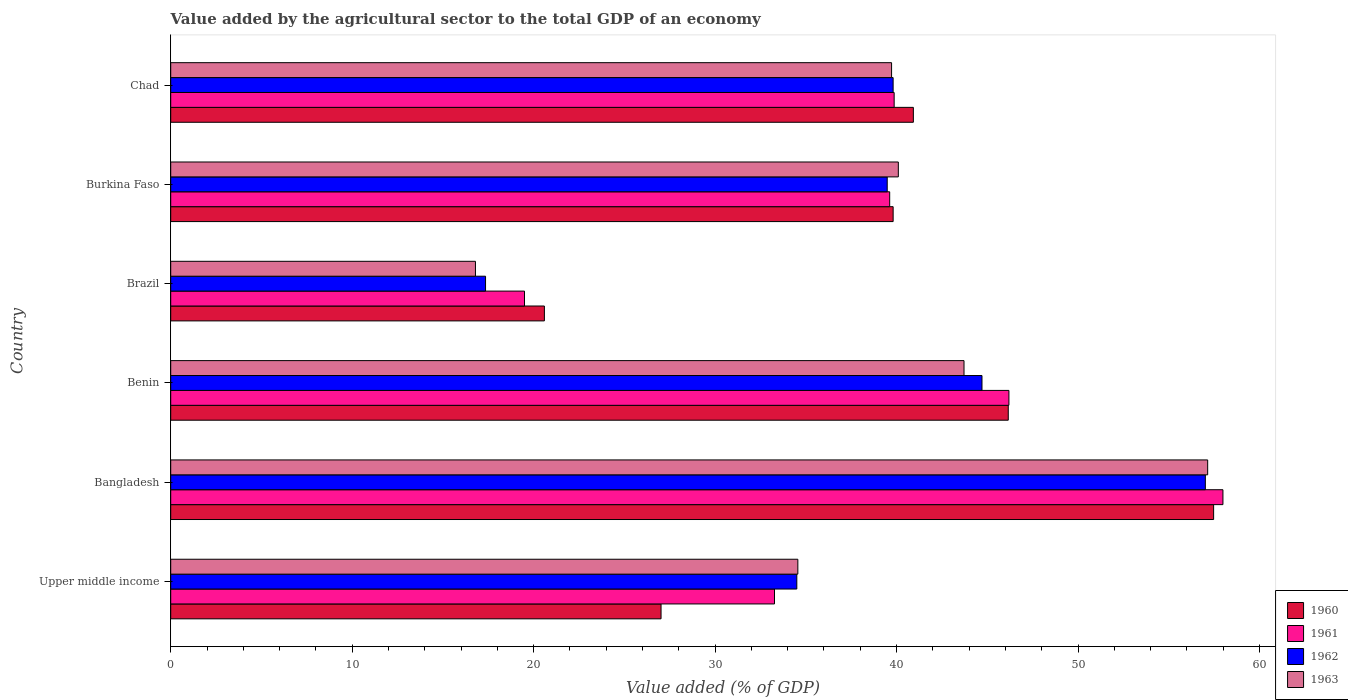
| Country | 1960 | 1961 | 1962 | 1963 |
 | --- | --- | --- | --- | --- |
 | Upper middle income | 27 | 33.3 | 34.5 | 34.6 |
 | Bangladesh | 57.5 | 58 | 57 | 57.1 |
 | Benin | 46.2 | 46.2 | 44.7 | 43.7 |
 | Brazil | 20.6 | 19.5 | 17.4 | 16.8 |
 | Burkina Faso | 39.8 | 39.6 | 39.5 | 40.1 |
 | Chad | 40.9 | 39.9 | 39.8 | 39.7 |